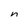
Character: n